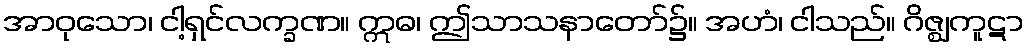
အာဝုသော၊ ငါ့ရှင်လက္ခဏ။ ဣဓ၊ ဤသာသနာတော်၌။ အဟံ၊ ငါသည်။ ဂိဇ္ဈကူဋာ